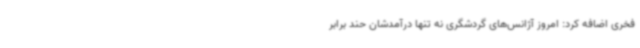
فخری اضافه کرد: امروز آژانس‌های گردشگری نه تنها درآمدشان حند برابر